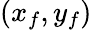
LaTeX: (x_{f},y_{f})